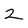
Character: 2